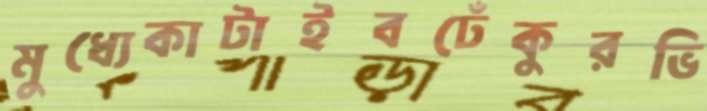
মুধ্যেকাটাইবঢেঁকুরভি